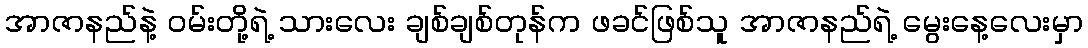
အာဇာနည်နဲ့ ဝမ်းတို့ရဲ့ သားလေး ချစ်ချစ်တုန်က ဖခင်ဖြစ်သူ အာဇာနည်ရဲ့ မွေးနေ့လေးမှာ